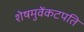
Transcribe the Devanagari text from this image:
शेषमुवेंकटपति